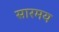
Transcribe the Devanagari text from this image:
सारमय